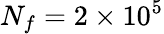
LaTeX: N_{f}=2\times 10^{5}